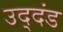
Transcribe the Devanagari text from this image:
उद्‌दंड